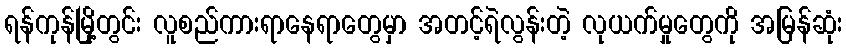
ရန်ကုန်မြို့တွင်း လူစည်ကားရာနေရာတွေမှာ အတင့်ရဲလွန်းတဲ့ လုယက်မှုတွေကို အမြန်ဆုံး